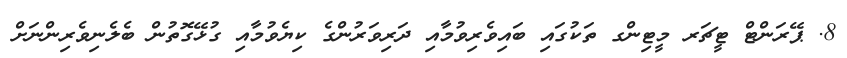
8. ޕޭރަންޓް ޓީޗަރ މީޓިންގ ތަކުގައި ބައިވެރިވުމާއި ދަރިވަރުންގެ ކިޔެވުމާއި ގުޅޭގޮތުން ބެލެނިވެރިންނަށް